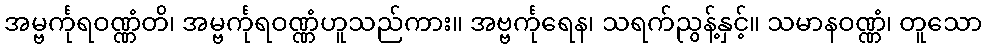
အမ္ဗင်္ကုရဝဏ္ဏံတိ၊ အမ္ဗင်္ကုရဝဏ္ဏံဟူသည်ကား။ အဗ္ဗင်္ကုရေန၊ သရက်ညွန့်နှင့်။ သမာနဝဏ္ဏံ၊ တူသော